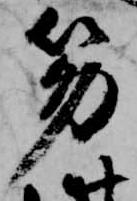
笏